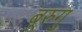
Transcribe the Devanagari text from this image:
बूरुगु